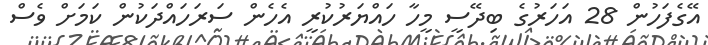
އޭގެފަހުން 28 އަހަރުގެ ބިދޭސީ މީހާ ހައްޔަރުކުރީ އެހެން ސަރަހައްދަކުން ކަމަށް ވެސް